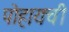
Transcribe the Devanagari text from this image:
पोहायची